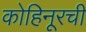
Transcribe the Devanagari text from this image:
कोहिनूरची